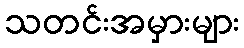
သတင်းအမှားများ